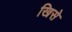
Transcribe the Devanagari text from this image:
खिसे